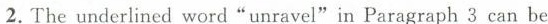
2.The underlined word"unravel"in Paragraph 3 can be